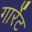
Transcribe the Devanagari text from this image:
गार्रेट